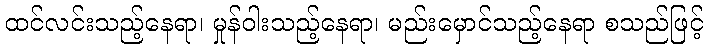
ထင်လင်းသည့်နေရာ၊ မှုန်ဝါးသည့်နေရာ၊ မည်းမှောင်သည့်နေရာ စသည်ဖြင့်